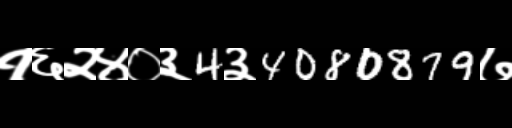
Text: १६२४०३4३4080879७